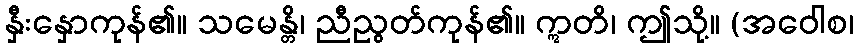
နှီးနှောကုန်၏။ သမေန္တိ၊ ညီညွတ်ကုန်၏။ ဣတိ၊ ဤသို့။ (အဝေါစ၊